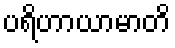
ပရိဟာယာမာတိ